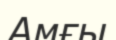
Амғы